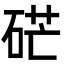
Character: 硭